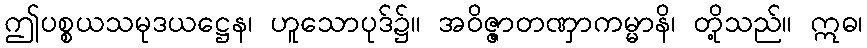
ဤပစ္စယသမုဒယဋ္ဌေန၊ ဟူသောပုဒ်၌။ အဝိဇ္ဇာတဏှာကမ္မာနိ၊ တို့သည်။ ဣဓ၊